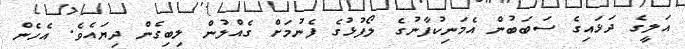
އަލީގެ ދަޅައިގެ ސަބަބުން އެމަނިކުފާނުގެ ލޯފުޅުގެ ފެނުމަށް ގެއްލުން ލިބިގެން ދިޔައެވެ. އެހެން